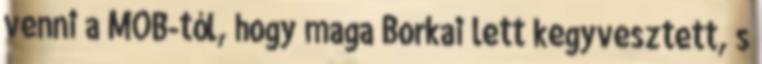
venni a MOB-tól, hogy maga Borkai lett kegyvesztett, s